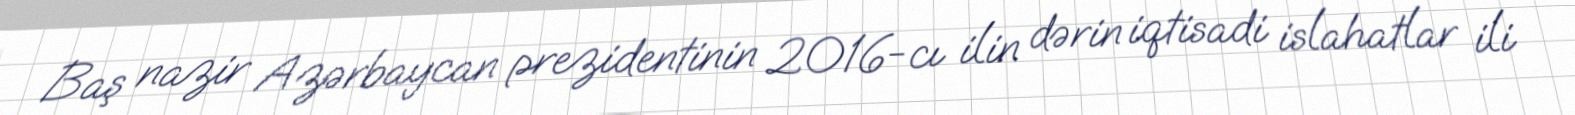
Baş nazir Azərbaycan prezidentinin 2016-cı ilin dərin iqtisadi islahatlar ili